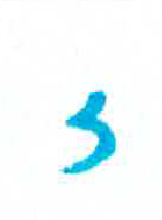
אות: ז